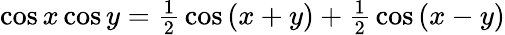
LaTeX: \cos x\cos y={\textstyle{\frac{1}{2}}}\cos\, (x+y)+{\textstyle{\frac{1}{2}}}\cos\, (x-y)